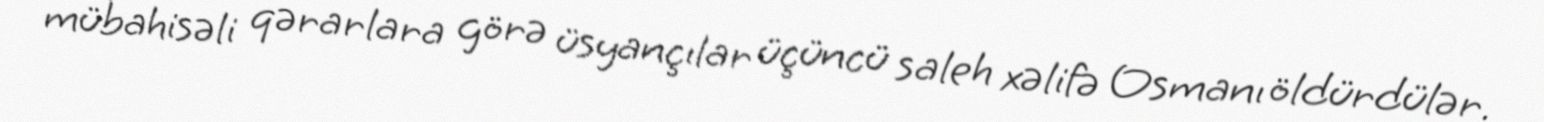
mübahisəli qərarlara görə üsyançılar üçüncü saleh xəlifə Osmanı öldürdülər.